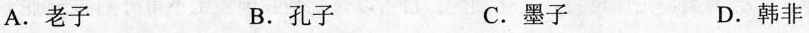
A.老子 B.孔子 C.墨子 D.韩非